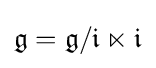
{\mathfrak {g}}={\mathfrak {g}}/{\mathfrak {i}}\ltimes {\mathfrak {i}}